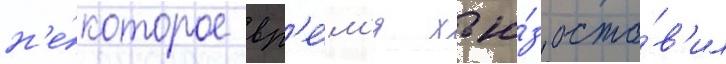
н'е́которое вр'е́м'я хью́з оста́в'ил